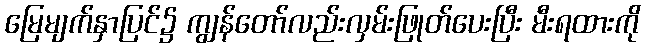
မြေမျက်နှာပြင်၌ ကျွန်တော်လည်းလှမ်းဖြုတ်ပေးပြီး မီးရထားကို